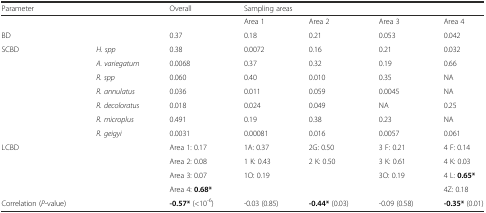
<table><thead><tr><td><b>Parameter</b></td><td></td><td><b>Overall</b></td><td colspan="4"><b>Sampling areas</b></td></tr></thead><tbody><tr><td></td><td></td><td></td><td>Area 1</td><td>Area 2</td><td>Area 3</td><td>Area 4</td></tr><tr><td>BD</td><td></td><td>0.37</td><td>0.18</td><td>0.21</td><td>0.053</td><td>0.042</td></tr><tr><td>SCBD</td><td><i>H. spp</i></td><td>0.38</td><td>0.0072</td><td>0.16</td><td>0.21</td><td>0.032</td></tr><tr><td></td><td><i>A. variegatum</i></td><td>0.0068</td><td>0.37</td><td>0.32</td><td>0.19</td><td>0.66</td></tr><tr><td></td><td><i>R. spp</i></td><td>0.060</td><td>0.40</td><td>0.010</td><td>0.35</td><td>NA</td></tr><tr><td></td><td><i>R. annulatus</i></td><td>0.036</td><td>0.011</td><td>0.059</td><td>0.0045</td><td>NA</td></tr><tr><td></td><td><i>R. decoloratus</i></td><td>0.018</td><td>0.024</td><td>0.049</td><td>NA</td><td>0.25</td></tr><tr><td></td><td><i>R. microplus</i></td><td>0.491</td><td>0.19</td><td>0.38</td><td>0.23</td><td>NA</td></tr><tr><td></td><td><i>R. geigyi</i></td><td>0.0031</td><td>0.00081</td><td>0.016</td><td>0.0057</td><td>0.061</td></tr><tr><td>LCBD</td><td></td><td>Area 1: 0.17</td><td>1A: 0.37</td><td>2G: 0.50</td><td>3 F: 0.21</td><td>4 F: 0.14</td></tr><tr><td></td><td></td><td>Area 2: 0.08</td><td>1 K: 0.43</td><td>2 K: 0.50</td><td>3 K: 0.61</td><td>4 K: 0.03</td></tr><tr><td></td><td></td><td>Area 3: 0.07</td><td>1O: 0.19</td><td></td><td>3O: 0.19</td><td>4 L: <b>0.65*</b></td></tr><tr><td></td><td></td><td>Area 4: <b>0.68*</b></td><td></td><td></td><td></td><td>4Z: 0.18</td></tr><tr><td>Correlation (<i>P</i>-value)</td><td></td><td><b>-0.57*</b> (&lt;10<sup>-6</sup>)</td><td>-0.03 (0.85)</td><td><b>-0.44*</b> (0.03)</td><td>-0.09 (0.58)</td><td><b>-0.35*</b> (0.01)</td></tr></tbody></table>